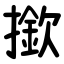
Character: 撳